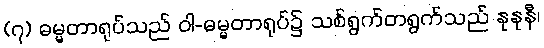
(၇) ဓမ္မတာရုပ်သည် ဝါ-ဓမ္မတာရုပ်၌ သစ်ရွက်တရွက်သည် နုနုနီ၊